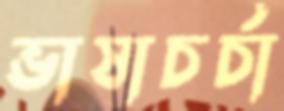
ভাষাচর্চা